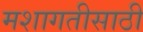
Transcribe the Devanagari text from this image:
मशागतीसाठी